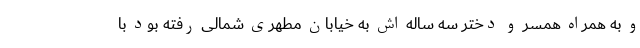
و به همراه همسر و دختر سه ساله اش به خیابان مطهری شمالی رفته بود با